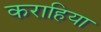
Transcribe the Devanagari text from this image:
कराहिया